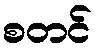
စတင်